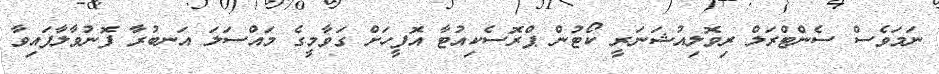
ނަމަވެސް ސެންޓްރަލް ރިވޮލިއުޝަނަރީ ކޯޓުން ޕްރޮސެކިއުޓާ އޮފީހަށް ގަވާމީގެ މައްސަލަ އަނބުރާ ފޮނުވާލާފައިވާ